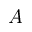
A